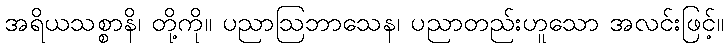
အရိယသစ္စာနိ၊ တို့ကို။ ပညာဩဘာသေန၊ ပညာတည်းဟူသော အလင်းဖြင့်။